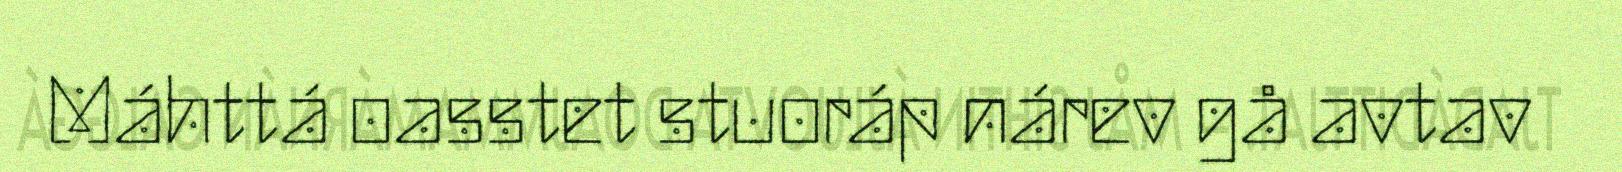
Máhttá oasstet stuoráp nárev gå avtav